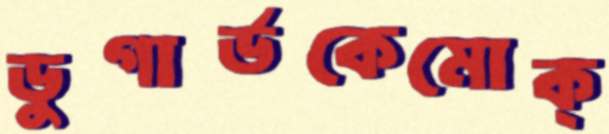
ডুগার্ডকেমোক্